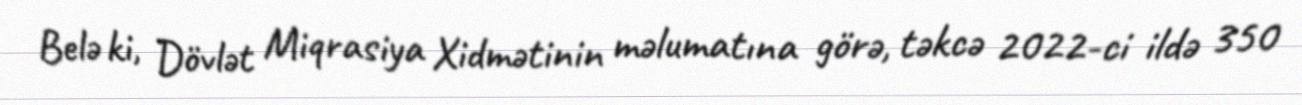
Belə ki, Dövlət Miqrasiya Xidmətinin məlumatına görə, təkcə 2022-ci ildə 350